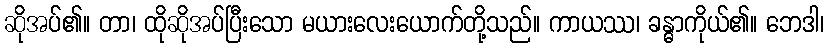
ဆိုအပ်၏။ တာ၊ ထိုဆိုအပ်ပြီးသော မယားလေးယောက်တို့သည်။ ကာယဿ၊ ခန္ဓာကိုယ်၏။ ဘေဒါ၊